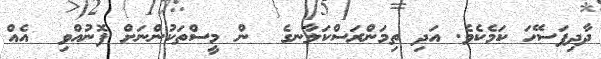
ދާދިފަސޭހަ ކަމެކެވެ. އަދި ތިމަންރަސްކަލާނގެ  ން މީސްތަކުންނަށް ފޮނުއްވި  އެއް